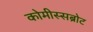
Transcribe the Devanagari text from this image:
कोमीस्सब्रोट